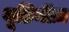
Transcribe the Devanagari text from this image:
यूडिनीज़